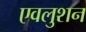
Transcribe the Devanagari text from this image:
एवलुशन